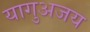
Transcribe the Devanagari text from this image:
यागुअजय